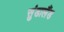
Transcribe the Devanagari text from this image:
सुंडालैंड